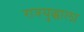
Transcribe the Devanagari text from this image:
रात्रयुद्धाला